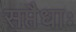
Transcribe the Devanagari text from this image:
सप्तैधाः